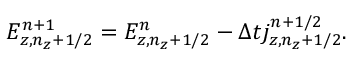
\begin{array} { r } { E _ { z , n _ { z } + 1 / 2 } ^ { n + 1 } = E _ { z , n _ { z } + 1 / 2 } ^ { n } - \Delta t j _ { z , n _ { z } + 1 / 2 } ^ { n + 1 / 2 } . } \end{array}